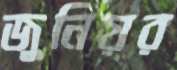
জুনিয়র